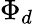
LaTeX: \Phi_{d}